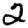
Digit: 2